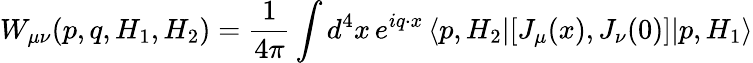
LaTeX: W_{\mu\nu}(p,q,H_{1},H_{2})={\frac{1}{4\pi}}\int d^{4}x\, e^{iq\cdot x}\left<p,H_{2}|[J_{\mu}(x),J_{\nu}(0)]|p,H_{1}\right>